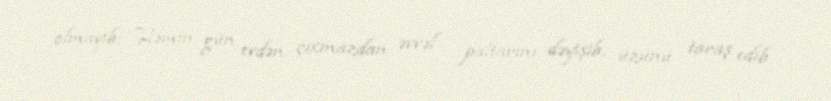
olmayıb: “Həmin gün evdən çıxmazdan əvvəl paltarını dəyişib, üzünü taraş edib.